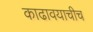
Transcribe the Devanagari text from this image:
काढावयाचीच